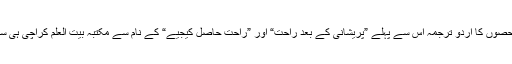
کتاب کے پہلے دو حصوں کا اردو ترجمہ اس سے پہلے ”پریشانی کے بعد راحت“ اور ”راحت حاصل کیجیے“ کے نام سے مکتبہ بیت العلم کراچی ہی سے شائع ہو چکا ہے۔